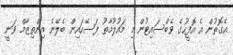
އެގޮތުން އެ އޮފީހުގެ ވެބްސައިޓުން މި މައުލޫމާތު ފަސޭހައިން ބެލޭނެ އިންތިޒާމް ވަނީ